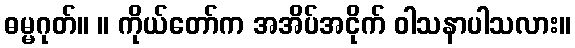
ဓမ္မဂုတ်။ ။ ကိုယ်တော်က အအိပ်အငိုက် ဝါသနာပါသလား။